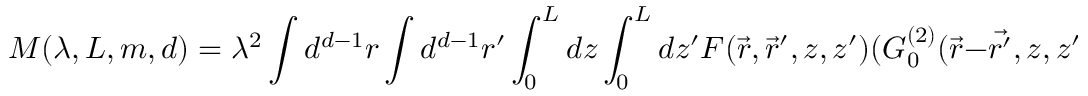
M ( \lambda , L , m , d ) = \lambda ^ { 2 } \int d ^ { d - 1 } r \int d ^ { d - 1 } r ^ { \prime } \int _ { 0 } ^ { L } d z \int _ { 0 } ^ { L } d z ^ { \prime } F ( \vec { r } , \vec { r } ^ { \prime } , z , z ^ { \prime } ) ( G _ { 0 } ^ { ( 2 ) } ( \vec { r } - \vec { { r } ^ { \prime } } , z , z ^ { \prime } ) ) ^ { 2 } ,